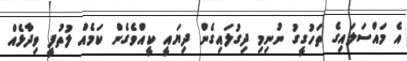
އެ މައްސަލައިގެ ތަހުގީގު ނުނިމި ދިގުލައިގެން ދިޔައީ ކީއްވެގެން ކަމެއް ލުތުފީ ވިދާޅެއް